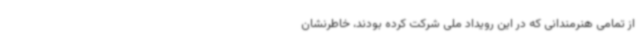
از تمامی هنرمندانی که در این رویداد ملی شرکت کرده بودند، خاطرنشان